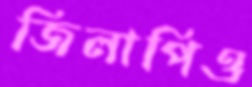
জিলাপিও